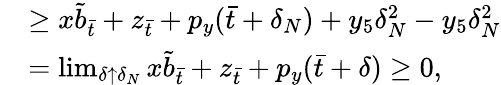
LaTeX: \begin{array}{rl}&{\geq x\tilde{b}_{\bar{t}}+z_{\bar{t}}+p_{y}(\bar{t}+\delta_{N})+y_{5}\delta_{N}^{2}-y_{5}\delta_{N}^{2}}\\ &{=\operatorname*{lim}_{\delta\uparrow\delta_{N}}x\tilde{b}_{\bar{t}}+z_{\bar{t}}+p_{y}(\bar{t}+\delta)\geq 0,}\end{array}